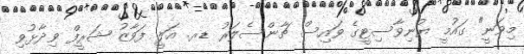
މިވަނީ" ގައުމީ ޔުނިވާސިޓީގެ ވައިސް ޗާންސެލަރު ޑރ. އަލީ ފަވާޒު ޝަރީފް ވިދާޅުވި